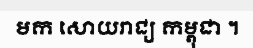
មក សោយរាជ្យ កម្ពុជា ។